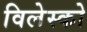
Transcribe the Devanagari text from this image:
विलेस्को